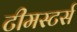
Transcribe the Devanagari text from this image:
टीमस्टर्स